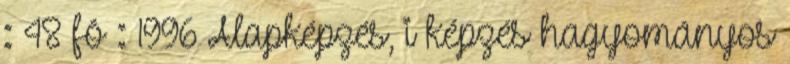
: 48 fõ : 1996 Alapképzés, i képzés hagyományos